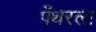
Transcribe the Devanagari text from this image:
पँथरला